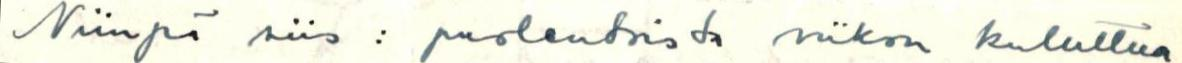
Niinpä siis : puolentoista viikon kuluttua